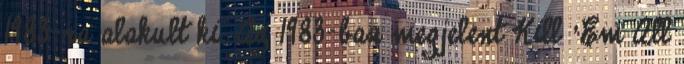
1983-ra alakult ki. Az 1983-ban megjelent Kill ’Em All